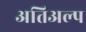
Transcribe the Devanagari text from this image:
अतिअल्प